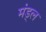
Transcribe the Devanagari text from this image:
मंड्ल